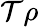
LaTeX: \mathcal{T}\rho